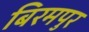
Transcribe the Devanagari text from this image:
बिरमपुर